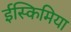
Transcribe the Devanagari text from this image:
ईस्किमिया